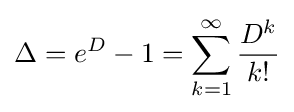
\Delta =e^{D}-1=\sum _{k=1}^{\infty }{\frac {D^{k}}{k!}}